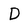
Character: D